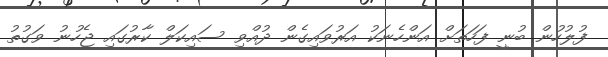
ފުލުހުން ބުނީ ފަހަތަށް އަންހެނަކު އަރުވައިގެން ދުއްވި ސައިކަލް ކާރުގައި ޖެހުނު ވަގުތު